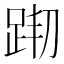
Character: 𨀦